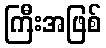
ကြီးအဖြစ်